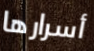
أسرارها